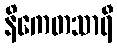
နိကေတသာရီ